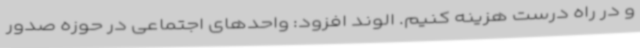
و در راه درست هزینه کنیم. الوند افزود: واحدهای اجتماعی در حوزه صدور